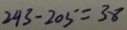
2 4 3 - 2 0 5 = 3 8